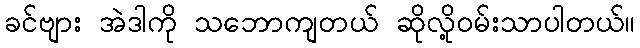
ခင်ဗျား အဲဒါကို သဘောကျတယ် ဆိုလို့ဝမ်းသာပါတယ်။